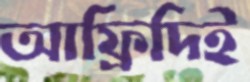
আফ্রিদিই